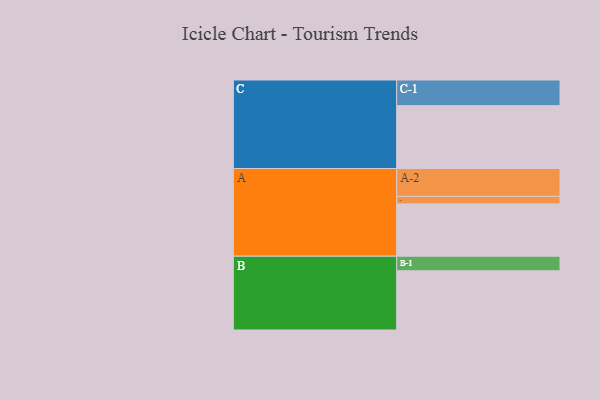
{"axis": {"x": "Segment", "y": "Value"}, "legend": ["", "A", "B", "C"], "data": [{"x": "A", "y": 387, "type": ""}, {"x": "B", "y": 438, "type": ""}, {"x": "C", "y": 465, "type": ""}, {"x": "A-1", "y": 56, "type": "A"}, {"x": "A-2", "y": 206, "type": "A"}, {"x": "B-1", "y": 108, "type": "B"}, {"x": "C-1", "y": 190, "type": "C"}]}